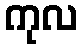
ကုလ